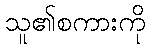
သူ၏စကားကို